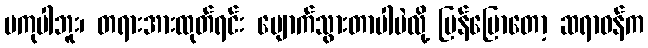
မကုပါဘူး၊ တရားအားထုတ်ရင်း ပျောက်သွားတာပါပဲလို့ ပြန်ပြောတော့ ဆရာဝန်က